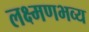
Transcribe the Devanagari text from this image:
लक्ष्मणभव्य